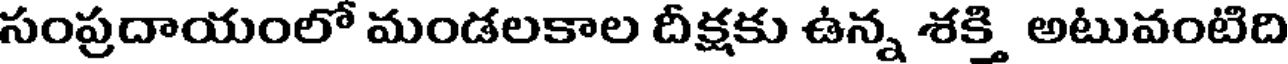
సంప్రదాయంలో మండలకాల దీక్షకు ఉన్న శక్తి అటువంటిది